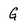
Character: G